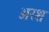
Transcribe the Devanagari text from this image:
अरश